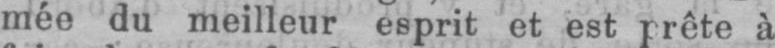
mée du meilleur esprit et est prête à